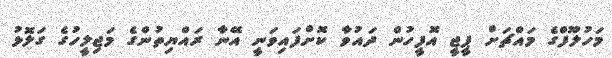
މަހުލޫފްގެ މައްޗަށް ޕީޖީ އޮފީހުން ދައުވާ ކޮށްފައިވަނީ އޭނާ ރައްޔިތުންގެ މަޖިލީހުގެ ގަލޮޅު